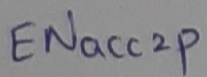
Text: ENacc2p